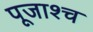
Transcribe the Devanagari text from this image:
पूजाश्‍च